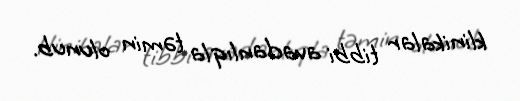
klinikalar tibbi avadanlıqla təmin olunub.